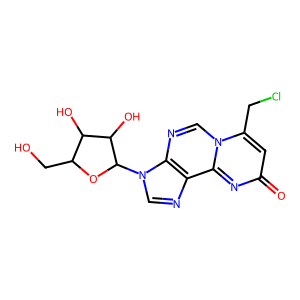
SMILES: O=c1cc(CCl)n2cnc3c(ncn3C3OC(CO)C(O)C3O)c2n1
Inhibits HIV replication: No